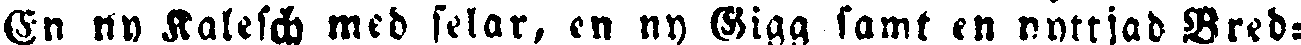
En ny Kalesch med selar, en ny Sigg samt en nyttjad Bred-